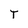
Character: T